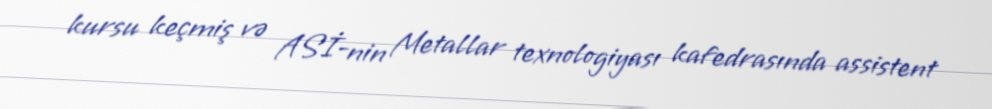
kursu keçmiş və ASİ-nin Metallar texnologiyası kafedrasında assistent